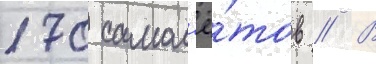
170 самол'ё́тов // В